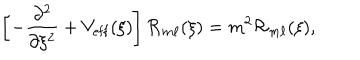
\left[ - \frac { \partial ^ { 2 } } { \partial \xi ^ { 2 } } + V _ { \mathrm { e f f } } ( \xi ) \right] { \cal R } _ { m \ell } ( \xi ) = m ^ { 2 } { \cal R } _ { m \ell } ( \xi ) ,